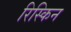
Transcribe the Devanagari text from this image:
रिस्किन